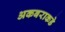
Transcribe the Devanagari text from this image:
अकबराकडे